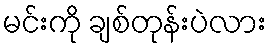
မင်းကို ချစ်တုန်းပဲလား